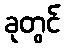
ခုတွင်